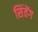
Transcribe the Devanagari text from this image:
सिंतेंग